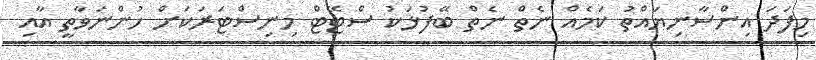
މިފަދަ އިންސާނިޔައްތު ކަމެއް ނެތް ނެތް ބޭފުޅަކު ސްޓޭޓް މިނިސްޓަރަކަށް ހުންނަވާތީ އާއި